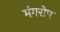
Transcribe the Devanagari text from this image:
मंगरोप